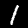
Digit: 1